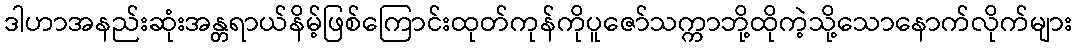
ဒါဟာအနည်းဆုံးအန္တရာယ်နိမ့်ဖြစ်ကြောင်းထုတ်ကုန်ကိုပူဇော်သက္ကာဘို့ထိုကဲ့သို့သောနောက်လိုက်များ